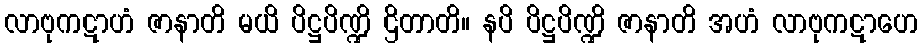
လာဗုကဋာဟံ ဇာနာတိ မယိ ပိဋ္ဌပိဏ္ဍိ ဌိတာတိ။ နပိ ပိဋ္ဌပိဏ္ဍိ ဇာနာတိ အဟံ လာဗုကဋာဟေ